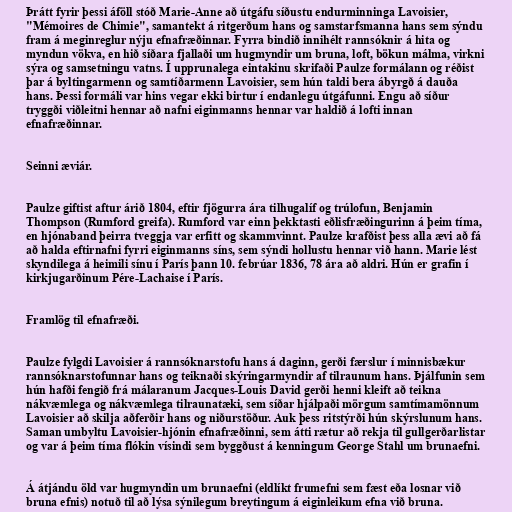
Þrátt fyrir þessi áföll stóð Marie-Anne að útgáfu síðustu endurminninga Lavoisier,
"Mémoires de Chimie", samantekt á ritgerðum hans og samstarfsmanna hans sem sýndu
fram á meginreglur nýju efnafræðinnar. Fyrra bindið innihélt rannsóknir á hita og
myndun vökva, en hið síðara fjallaði um hugmyndir um bruna, loft, bökun málma, virkni
sýra og samsetningu vatns. Í upprunalega eintakinu skrifaði Paulze formálann og réðist
þar á byltingarmenn og samtíðarmenn Lavoisier, sem hún taldi bera ábyrgð á dauða
hans. Þessi formáli var hins vegar ekki birtur í endanlegu útgáfunni. Engu að síður
tryggði viðleitni hennar að nafni eiginmanns hennar var haldið á lofti innan
efnafræðinnar.

Seinni æviár.

Paulze giftist aftur árið 1804, eftir fjögurra ára tilhugalíf og trúlofun, Benjamin
Thompson (Rumford greifa). Rumford var einn þekktasti eðlisfræðingurinn á þeim tíma,
en hjónaband þeirra tveggja var erfitt og skammvinnt. Paulze krafðist þess alla ævi að fá
að halda eftirnafni fyrri eiginmanns síns, sem sýndi hollustu hennar við hann. Marie lést
skyndilega á heimili sínu í París þann 10. febrúar 1836, 78 ára að aldri. Hún er grafin í
kirkjugarðinum Pére-Lachaise í París.

Framlög til efnafræði.

Paulze fylgdi Lavoisier á rannsóknarstofu hans á daginn, gerði færslur í minnisbækur
rannsóknarstofunnar hans og teiknaði skýringarmyndir af tilraunum hans. Þjálfunin sem
hún hafði fengið frá málaranum Jacques-Louis David gerði henni kleift að teikna
nákvæmlega og nákvæmlega tilraunatæki, sem síðar hjálpaði mörgum samtímamönnum
Lavoisier að skilja aðferðir hans og niðurstöður. Auk þess ritstýrði hún skýrslunum hans.
Saman umbyltu Lavoisier-hjónin efnafræðinni, sem átti rætur að rekja til gullgerðarlistar
og var á þeim tíma flókin vísindi sem byggðust á kenningum George Stahl um brunaefni.

Á átjándu öld var hugmyndin um brunaefni (eldlíkt frumefni sem fæst eða losnar við
bruna efnis) notuð til að lýsa sýnilegum breytingum á eiginleikum efna við bruna.